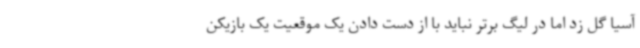
آسیا گل زد اما در لیگ برتر نباید با از دست دادن یک موقعیت یک بازیکن